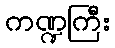
ကဏ္ဍကြီး